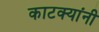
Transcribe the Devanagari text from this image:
काटक्यांनी